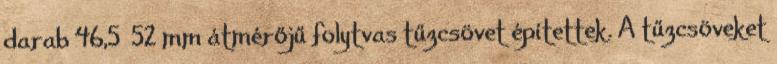
darab 46,5 52 mm átmérőjű folytvas tűzcsövet építettek. A tűzcsöveket